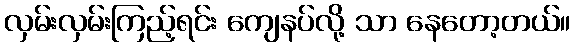
လှမ်းလှမ်းကြည့်ရင်း ကျေနပ်လို့ သာ နေတော့တယ်။